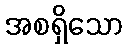
အစရှိသော